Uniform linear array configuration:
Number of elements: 12
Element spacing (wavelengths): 0.5
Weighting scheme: exponential
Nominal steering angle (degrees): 0
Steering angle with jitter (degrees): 1.913
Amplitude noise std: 0.05
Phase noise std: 0.05

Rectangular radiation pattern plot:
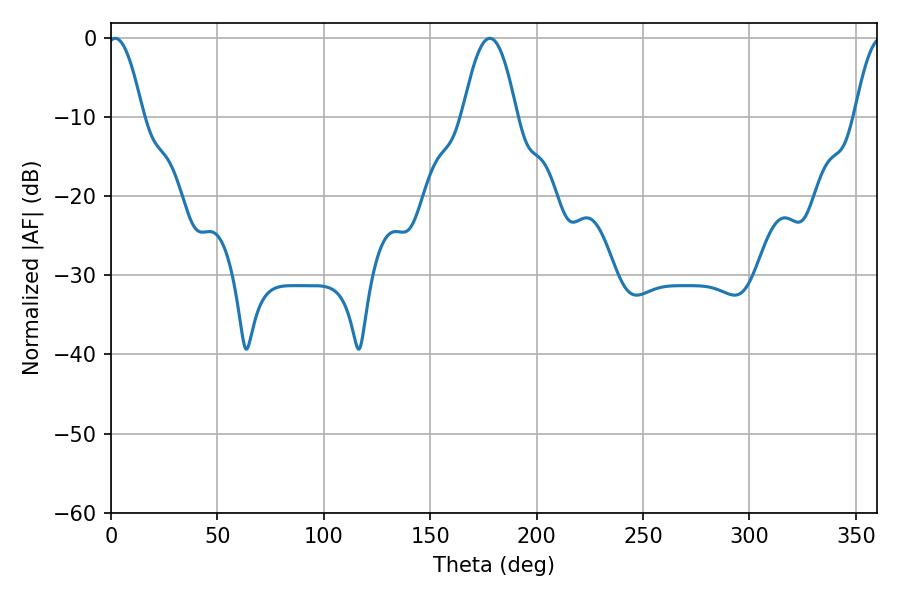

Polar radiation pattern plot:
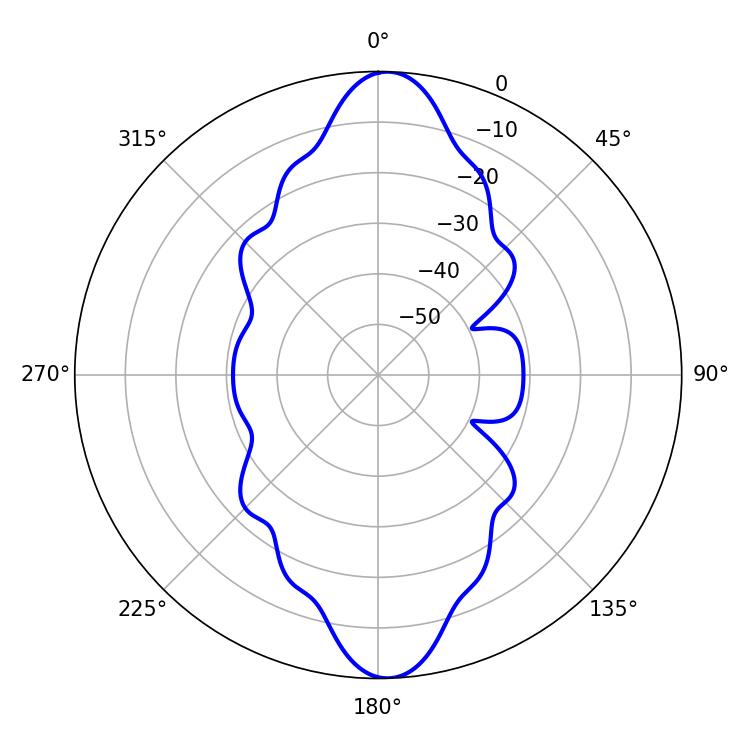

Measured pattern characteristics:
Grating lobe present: FALSE
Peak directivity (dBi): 20.014
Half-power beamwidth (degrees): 9
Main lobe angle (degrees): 1.98